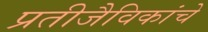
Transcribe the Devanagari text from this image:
प्रतीजैविकांचे